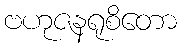
ဗဟုဇနရုစိတော